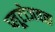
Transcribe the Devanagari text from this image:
प्लूटोजवळ